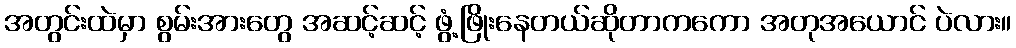
အတွင်းထဲမှာ စွမ်းအားတွေ အဆင့်ဆင့် ဖွံ့ဖြိုးနေတယ်ဆိုတာကကော အတုအယောင် ပဲလား။